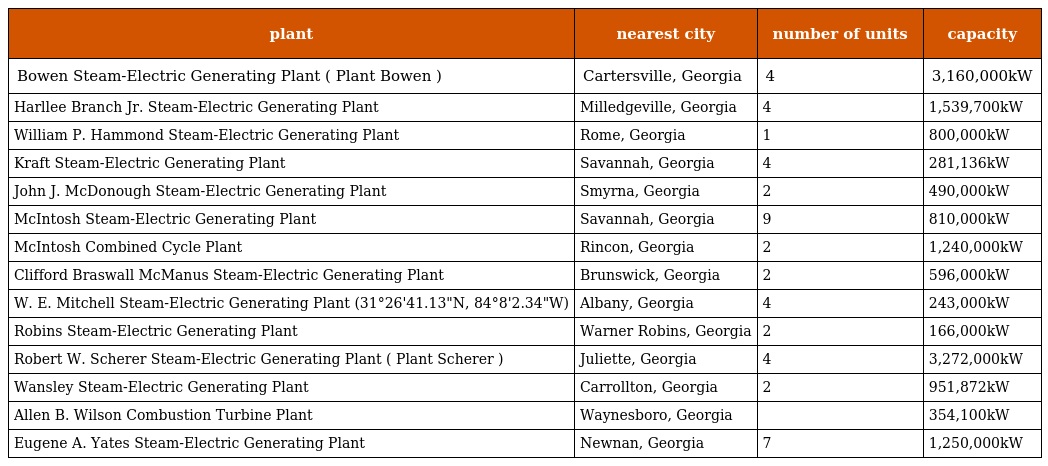
| plant | nearest city | number of units | capacity |
 | --- | --- | --- | --- |
 | Bowen Steam-Electric Generating Plant ( Plant Bowen ) | Cartersville, Georgia | 4 | 3,160,000kW |
 | Harllee Branch Jr. Steam-Electric Generating Plant | Milledgeville, Georgia | 4 | 1,539,700kW |
 | William P. Hammond Steam-Electric Generating Plant | Rome, Georgia | 1 | 800,000kW |
 | Kraft Steam-Electric Generating Plant | Savannah, Georgia | 4 | 281,136kW |
 | John J. McDonough Steam-Electric Generating Plant | Smyrna, Georgia | 2 | 490,000kW |
 | McIntosh Steam-Electric Generating Plant | Savannah, Georgia | 9 | 810,000kW |
 | McIntosh Combined Cycle Plant | Rincon, Georgia | 2 | 1,240,000kW |
 | Clifford Braswall McManus Steam-Electric Generating Plant | Brunswick, Georgia | 2 | 596,000kW |
 | W. E. Mitchell Steam-Electric Generating Plant (31°26'41.13"N, 84°8'2.34"W) | Albany, Georgia | 4 | 243,000kW |
 | Robins Steam-Electric Generating Plant | Warner Robins, Georgia | 2 | 166,000kW |
 | Robert W. Scherer Steam-Electric Generating Plant ( Plant Scherer ) | Juliette, Georgia | 4 | 3,272,000kW |
 | Wansley Steam-Electric Generating Plant | Carrollton, Georgia | 2 | 951,872kW |
 | Allen B. Wilson Combustion Turbine Plant | Waynesboro, Georgia |  | 354,100kW |
 | Eugene A. Yates Steam-Electric Generating Plant | Newnan, Georgia | 7 | 1,250,000kW |